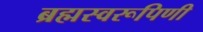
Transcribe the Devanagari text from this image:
ब्रह्मस्वरूपिणी